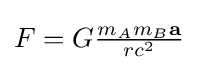
{\textstyle F=G{\frac {m_{A}m_{B}{\bf {a}}}{rc^{2}}}\ }